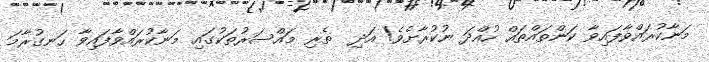
މަނާކުރައްވާފައިވާ ކަންތައްތައް ހުއްދަ ނުކުރާށެވެ! އަދި  ތެރި މައްސަރުތަކުގައި މަނާކުރައްވާފައިވާ ހަނގުރާމަ